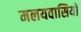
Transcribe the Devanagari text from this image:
मलयवासियों